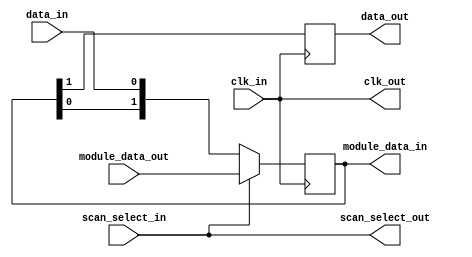
module scanchain_local #(
    parameter SCAN_LENGTH = 2)
  (
    input wire clk_in,
    input wire data_in,
    input wire scan_select_in,
    output wire clk_out,
    output wire data_out,
    output wire scan_select_out,

    // io, names from point of view of the user module
    input wire [SCAN_LENGTH-1:0] module_data_out,
    output wire [SCAN_LENGTH-1:0] module_data_in
  );

  // input buffers
  // Looking at results from multiple projects the buffering is a bit
  // inconsistent. So instead, we ensure at least clk buf
  wire clk;
  assign clk = clk_in;

  // output buffers
  // Same as for input, to try and be more consistent, we make our own
  wire data_out_i;

  assign clk_out = clk;
  assign data_out = data_out_i;
  assign scan_select_out = scan_select_in;


  // wires needed
  wire [SCAN_LENGTH-1:0] scan_data_out;   // output of the each scan chain flop
  wire [SCAN_LENGTH-1:0] scan_data_in;    // input of each scan chain flop

  // scan chain - link all the flops, with data coming from data_in
  assign scan_data_in = {scan_data_out[SCAN_LENGTH-2:0], data_in};

  // end of the chain is a negedge FF to increase hold margin between blocks
  always @(negedge clk) begin
    data_out_i <= scan_data_out[SCAN_LENGTH-1];
  end

  // scan flops have a mux on their inputs to choose either data from the user module or the previous flop's output
  always @(posedge clk) begin
    if(scan_select_in)
      scan_data_out <= module_data_out;
    else
      scan_data_out <= scan_data_in;
  end
  
  /* Because we control the clock into serv, we can avoid the extra latches here */
  assign module_data_in = scan_data_out;

endmodule